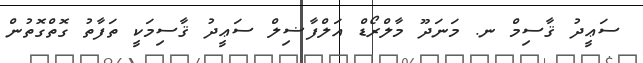
ސަޢީދު ޤާސިމް ނ. މަނަދޫ މާލްރޯޑް އަލްފާޟިލް ސަޢީދު ޤާސިމަކީ ތަފާތު ގޮތްގޮތުން